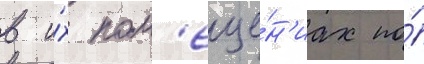
в и́х пом'еще́н'иах по́